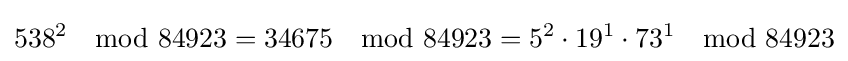
538^{2}\mod 84923=34675\mod 84923=5^{2}\cdot 19^{1}\cdot 73^{1}\mod 84923